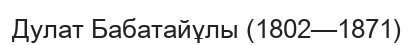
Дулат Бабатайұлы (1802—1871)